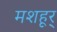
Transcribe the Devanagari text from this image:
मशहूर्